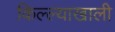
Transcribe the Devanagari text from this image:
किल्ल्याखाली